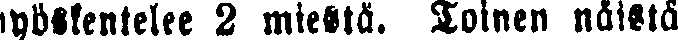
työskentelee 2 miestä. Toinen näistä